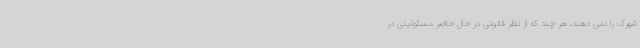
شهرک را نمی دهند، هر چند که از نظر قانونی در حال حاضر مسئولیتی در